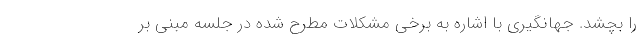
را بچشد. جهانگیری با اشاره به برخی مشکلات مطرح شده در جلسه مبنی بر